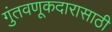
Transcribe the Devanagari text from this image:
गुंतवणूकदारासाठी